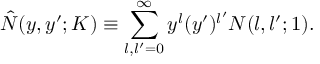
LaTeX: \hat { N } ( y , y ^ { \prime } ; K ) \equiv \sum _ { l , l ^ { \prime } = 0 } ^ { \infty } y ^ { l } ( y ^ { \prime } ) ^ { l ^ { \prime } } N ( l , l ^ { \prime } ; 1 ) .